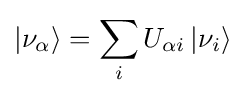
\left|\nu _{\alpha }\right\rangle =\sum _{i}U_{\alpha i}\left|\nu _{i}\right\rangle